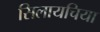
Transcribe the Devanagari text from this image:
सिलायचिया